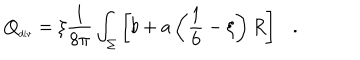
{ Q } _ { \tiny \mathrm { d i v } } = \xi { \frac { 1 } { 8 \pi } } \int _ { \Sigma } \left[ b + a \left( \frac 1 6 - \xi \right) R \right] .